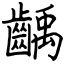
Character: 齲